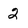
Character: 2